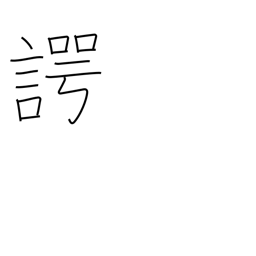
Meaning: speaking the truth